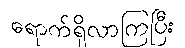
ရောက်ရှိလာကြပြီး